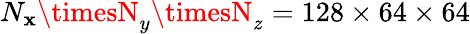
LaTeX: N_{\mathbf{x}}\timesN_{y}\timesN_{z}=128\times64\times64